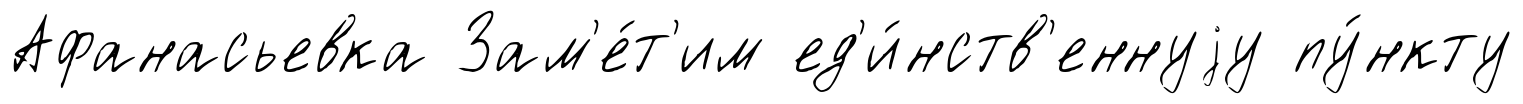
Афанасьевка Зам'е́т'им ед'и́нств'еннуjу пу́нкту